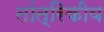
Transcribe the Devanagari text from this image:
तांत्रिकीय